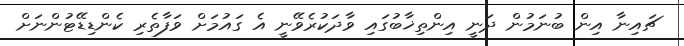
ޗައިނާ އިން ބުނަމުން ދަނީ އިންތިޚާބުގައި ވާދަކުރެވޭނީ އެ ގައުމަށް ވަފާތެރި ކެންޑިޑޭޓުންނަށް